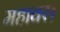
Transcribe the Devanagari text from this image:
महावर।